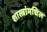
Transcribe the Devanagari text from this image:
शास्त्रांमधिल